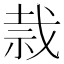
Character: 𰧸